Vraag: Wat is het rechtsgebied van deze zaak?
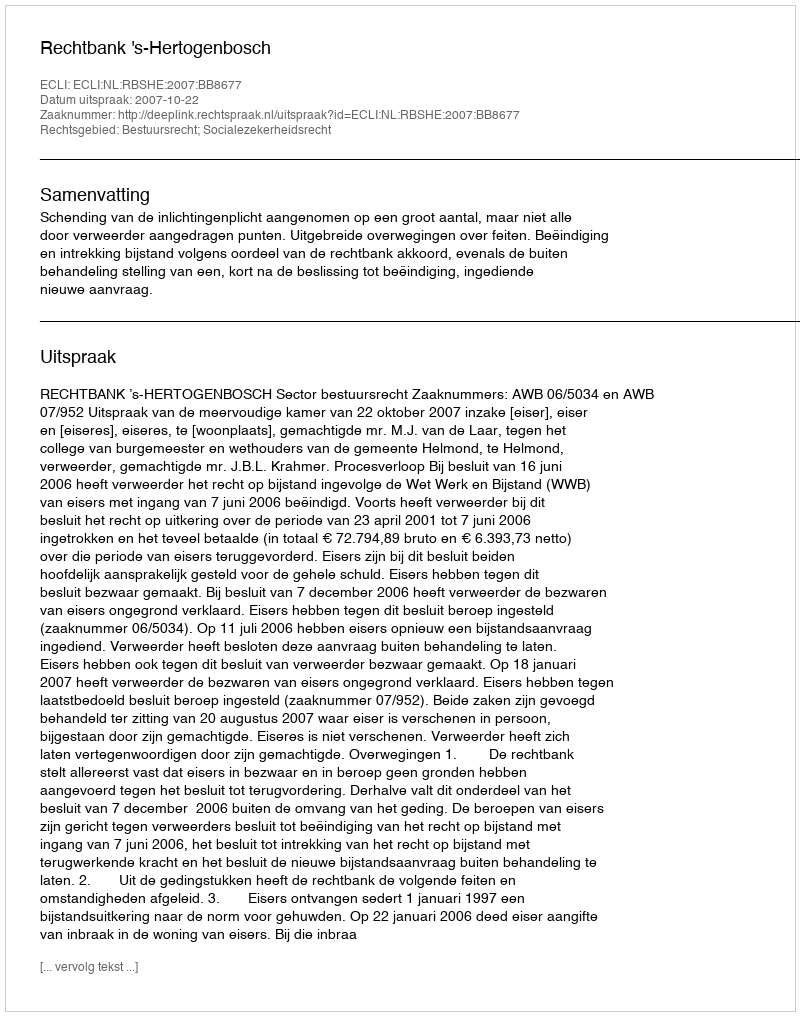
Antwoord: Bestuursrecht; Socialezekerheidsrecht